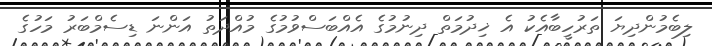
ލިބެމުންދިޔަ ތަރުހީބާއެކު އެ ޚިދުމަތް ދިނުމުގެ އެއްބަސްވުމުގެ މުއްދަތު އަންނަ ޑިސެމްބަރު މަހުގެ